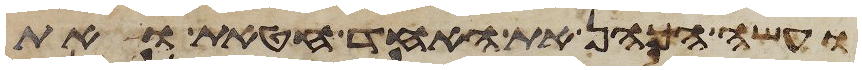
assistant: ועשה הכהן את האחד חטאת ואת